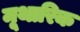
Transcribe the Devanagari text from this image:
मूथारिक